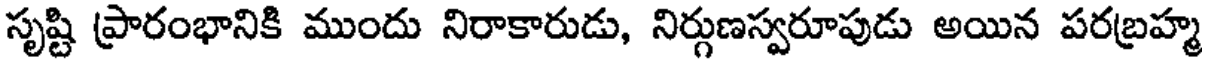
సృష్టి ప్రారంభానికి ముందు నిరాకారుడు, నిర్గుణస్వరూపుడు అయిన పరబ్రహ్మ